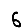
Digit: 6